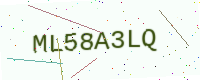
Text: ML58A3LQ